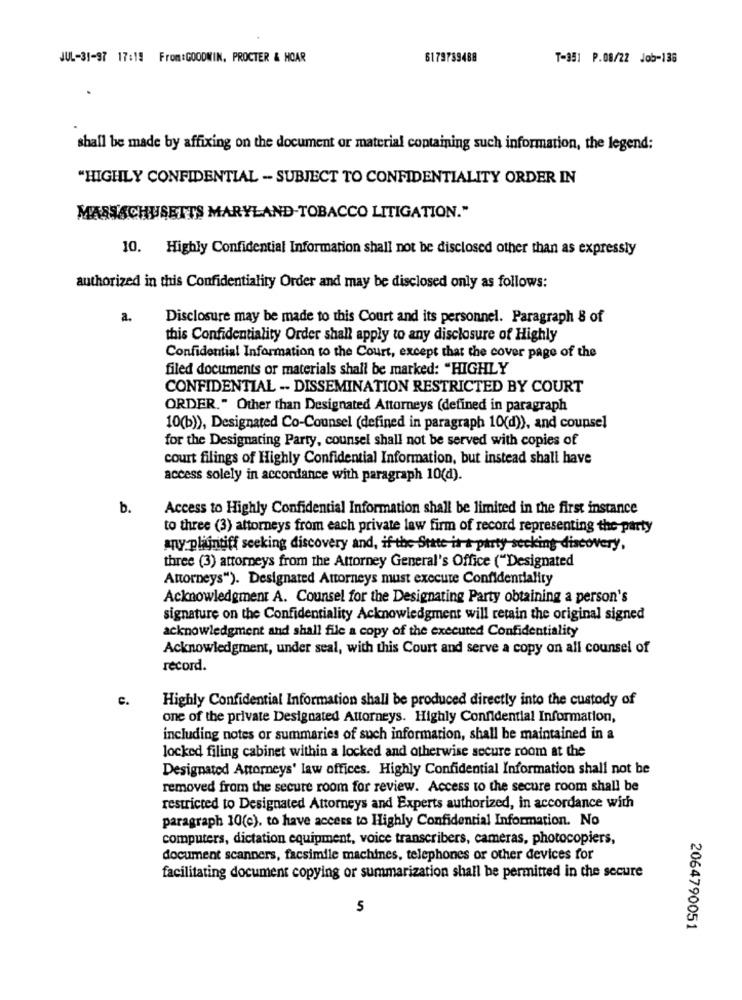
JUL-31-97 17:19 From:GOODWIN, PROCTER & HOAR
6179739488
T-351 P.08/22 Job-136
shall be made by affixing on the document or material containing such information, the legend:
"HIGHLY CONFIDENTIAL - SUBJECT TO CONFIDENTIALITY ORDER IN
MASSACHUSETTS MARYLAND-TOBACCO LITIGATION."
10. Highly Confidential Information shall not be disclosed other than as expressly
authorized in this Confidentiality Order and may be disclosed only as follows:
a.
Disclosure may be made to this Court and its personnel. Paragraph 8 of
this Confidentiality Order shall apply to any disclosure of Highly
Confidential Information to the Court, except that the cover page of the
filed documents or materials shall be marked: "HIGHLY
CONFIDENTIAL -- DISSEMINATION RESTRICTED BY COURT
ORDER." Other than Designated Attorneys (defined in paragraph
10(b)), Designated Co-Counsel (defined in paragraph 10(d)), and coupsel
for the Designating Party, counsel shall not be served with copies of
court filings of Highly Confidential Information, but instead shall have
access solely in accordance with paragraph 10(d).
b.
Access to Highly Confidential Information shall be limited in the first instance
to three (3) attorneys from each private law firm of record representing the party
any plaintiff seeking discovery and, if-the State it-a party-seeking discovery,
three (3) attorneys from the Attorney General's Office ("Designated
Attorneys"). Designated Attorneys must execute Confidentiality
Acknowledgment A. Counsel for the Designating Party obtaining a person's
signature on the Confidentiality Acknowledgment will retain the original signed
acknowledgment and shall file a copy of the executed Confidentiality
Acknowledgment, under seal, with this Court and serve a copy on all counsel of
récord.
C.
Highly Confidential Information shall be produced directly into the custody of
one of the private Designated Attorneys. Highly Confidential Information,
including notes or summaries of such information, shall be maintained in a
locked filing cabinet within a locked and otherwise secure room at the
Designated Attorneys' law offices. Highly Confidential Information shall not be
removed from the secure room for review. Access to the secure room shall be
restricted to Designated Attorneys and Experts authorized, in accordance with
paragraph 10(c), to have access to Highly Confidential Information. No
computers, dictation equipment, voice transcribers, cameras, photocopiers,
document scanners, facsimile machines, telephones or other devices for
facilitating document copying or summarization shall be permitted in the secure
5
2064790051